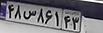
۴۸س۸۶۱۴۳